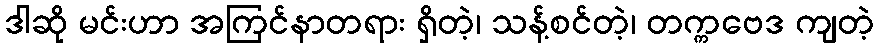
ဒါဆို မင်းဟာ အကြင်နာတရား ရှိတဲ့၊ သန့်စင်တဲ့၊ တက္ကဗေဒ ကျတဲ့